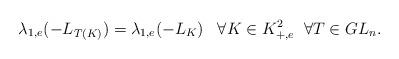
LaTeX: \begin{align*}\lambda_{1,e}(-L_{T(K)}) = \lambda_{1,e}(-L_K) \;\;\; \forall K \in K^2_{+,e} \;\; \forall T \in GL_n .\end{align*}